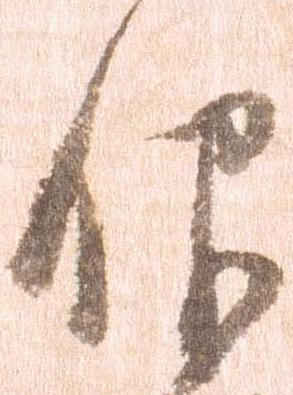
仰